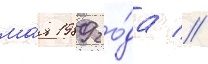
ма́я 1989 го́да //